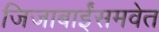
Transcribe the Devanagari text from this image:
जिजाबाईंसमवेत